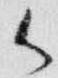
御